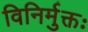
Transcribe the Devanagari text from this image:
विनिर्मुक्तः